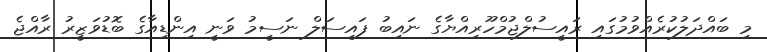
މި ބައްދަލުކުރެއްވުމުގައި ރައީސުލްޖުމްހޫރިއްޔާގެ ނައިބު ފައިސަލް ނަސީމު ވަނީ އިންޑިއާގެ ބޮޑުވަޒީރު ރާއްޖެ